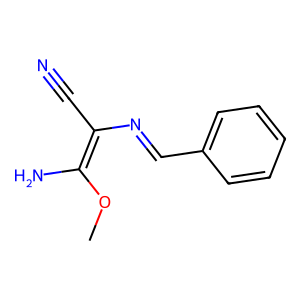
SMILES: COC(N)=C(C#N)N=Cc1ccccc1
Inhibits HIV replication: No